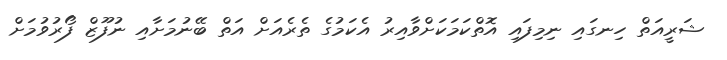
ޝަރީއަތް ހިނގައި ނިމިފައި އޮތްކަމަކަށްވާއިރު އެކަމުގެ ތެރެއަށް އަތް ބޭނުމަށާއި ނުފޫޒް ފޯރުވުމަށް